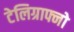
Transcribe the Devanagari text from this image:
टेलिग्राफ्नो